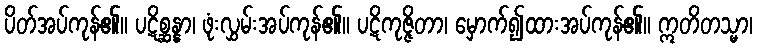
ပိတ်အပ်ကုန်၏။ ပဋိစ္ဆန္နာ၊ ဖုံးလွှမ်းအပ်ကုန်၏။ ပဋိကုဇ္ဇိတာ၊ မှောက်၍ထားအပ်ကုန်၏။ ဣတိတသ္မာ၊